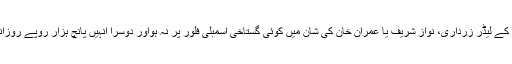
سب پارٹیوں کے ایم این ایز کو اگر پروا ہے تو دو باتوں کی‘ ایک تو ان کے لیڈر زرداری، نواز شریف یا عمران خان کی شان میں کوئی گستاخی اسمبلی فلور پر نہ ہواور دوسرا انہیں پانچ ہزار روپے روزانہ الاؤنس ملتا رہے ،چاہے انہیں جعلی حاضریاںہی کیوں نہ لگانا پڑیں ۔